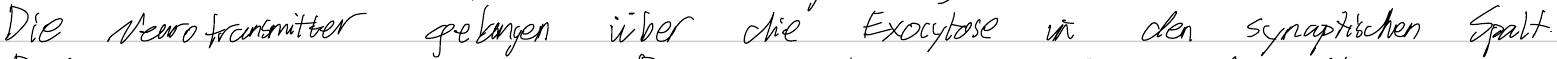
Die Neurotransmitter gelangen über die Exocytose in den synaptischen Spalt.